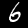
Label: 6